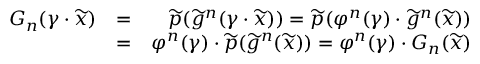
\begin{array} { r l r } { G _ { n } ( \gamma \cdot \widetilde { x } ) } & { = } & { \widetilde { p } ( \widetilde { g } ^ { n } ( \gamma \cdot \widetilde { x } ) ) = \widetilde { p } ( \varphi ^ { n } ( \gamma ) \cdot \widetilde { g } ^ { n } ( \widetilde { x } ) ) } \\ & { = } & { \varphi ^ { n } ( \gamma ) \cdot \widetilde { p } ( \widetilde { g } ^ { n } ( \widetilde { x } ) ) = \varphi ^ { n } ( \gamma ) \cdot G _ { n } ( \widetilde { x } ) } \end{array}